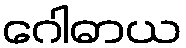
ဂေါဓာယ